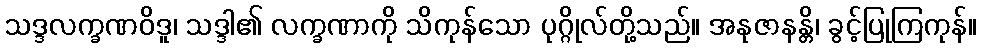
သဒ္ဒလက္ခဏဝိဒူ၊ သဒ္ဒါ၏ လက္ခဏာကို သိကုန်သော ပုဂ္ဂိုလ်တို့သည်။ အနုဇာနန္တိ၊ ခွင့်ပြုကြကုန်။